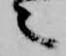
々